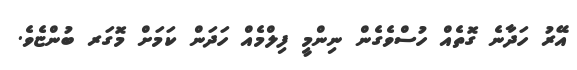
އޭރު ހަދާނެ ގޮތެއް ހުސްވެގެން ނިންމީ ފިލްމެއް ހަދަން ކަމަށް މޮގަރ ބުންޏެވެ.